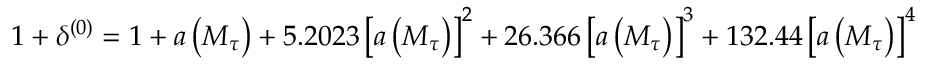
1 + \delta ^ { ( 0 ) } = 1 + a \left( M _ { \tau } \right) + 5 . 2 0 2 3 \left[ a \left( M _ { \tau } \right) \right] ^ { 2 } + 2 6 . 3 6 6 \left[ a \left( M _ { \tau } \right) \right] ^ { 3 } + 1 3 2 . 4 4 \left[ a \left( M _ { \tau } \right) \right] ^ { 4 }